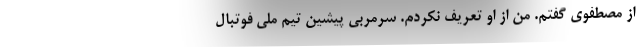
از مصطفوی گفتم. من از او تعریف نکردم. سرمربی پیشین تیم ملی فوتبال